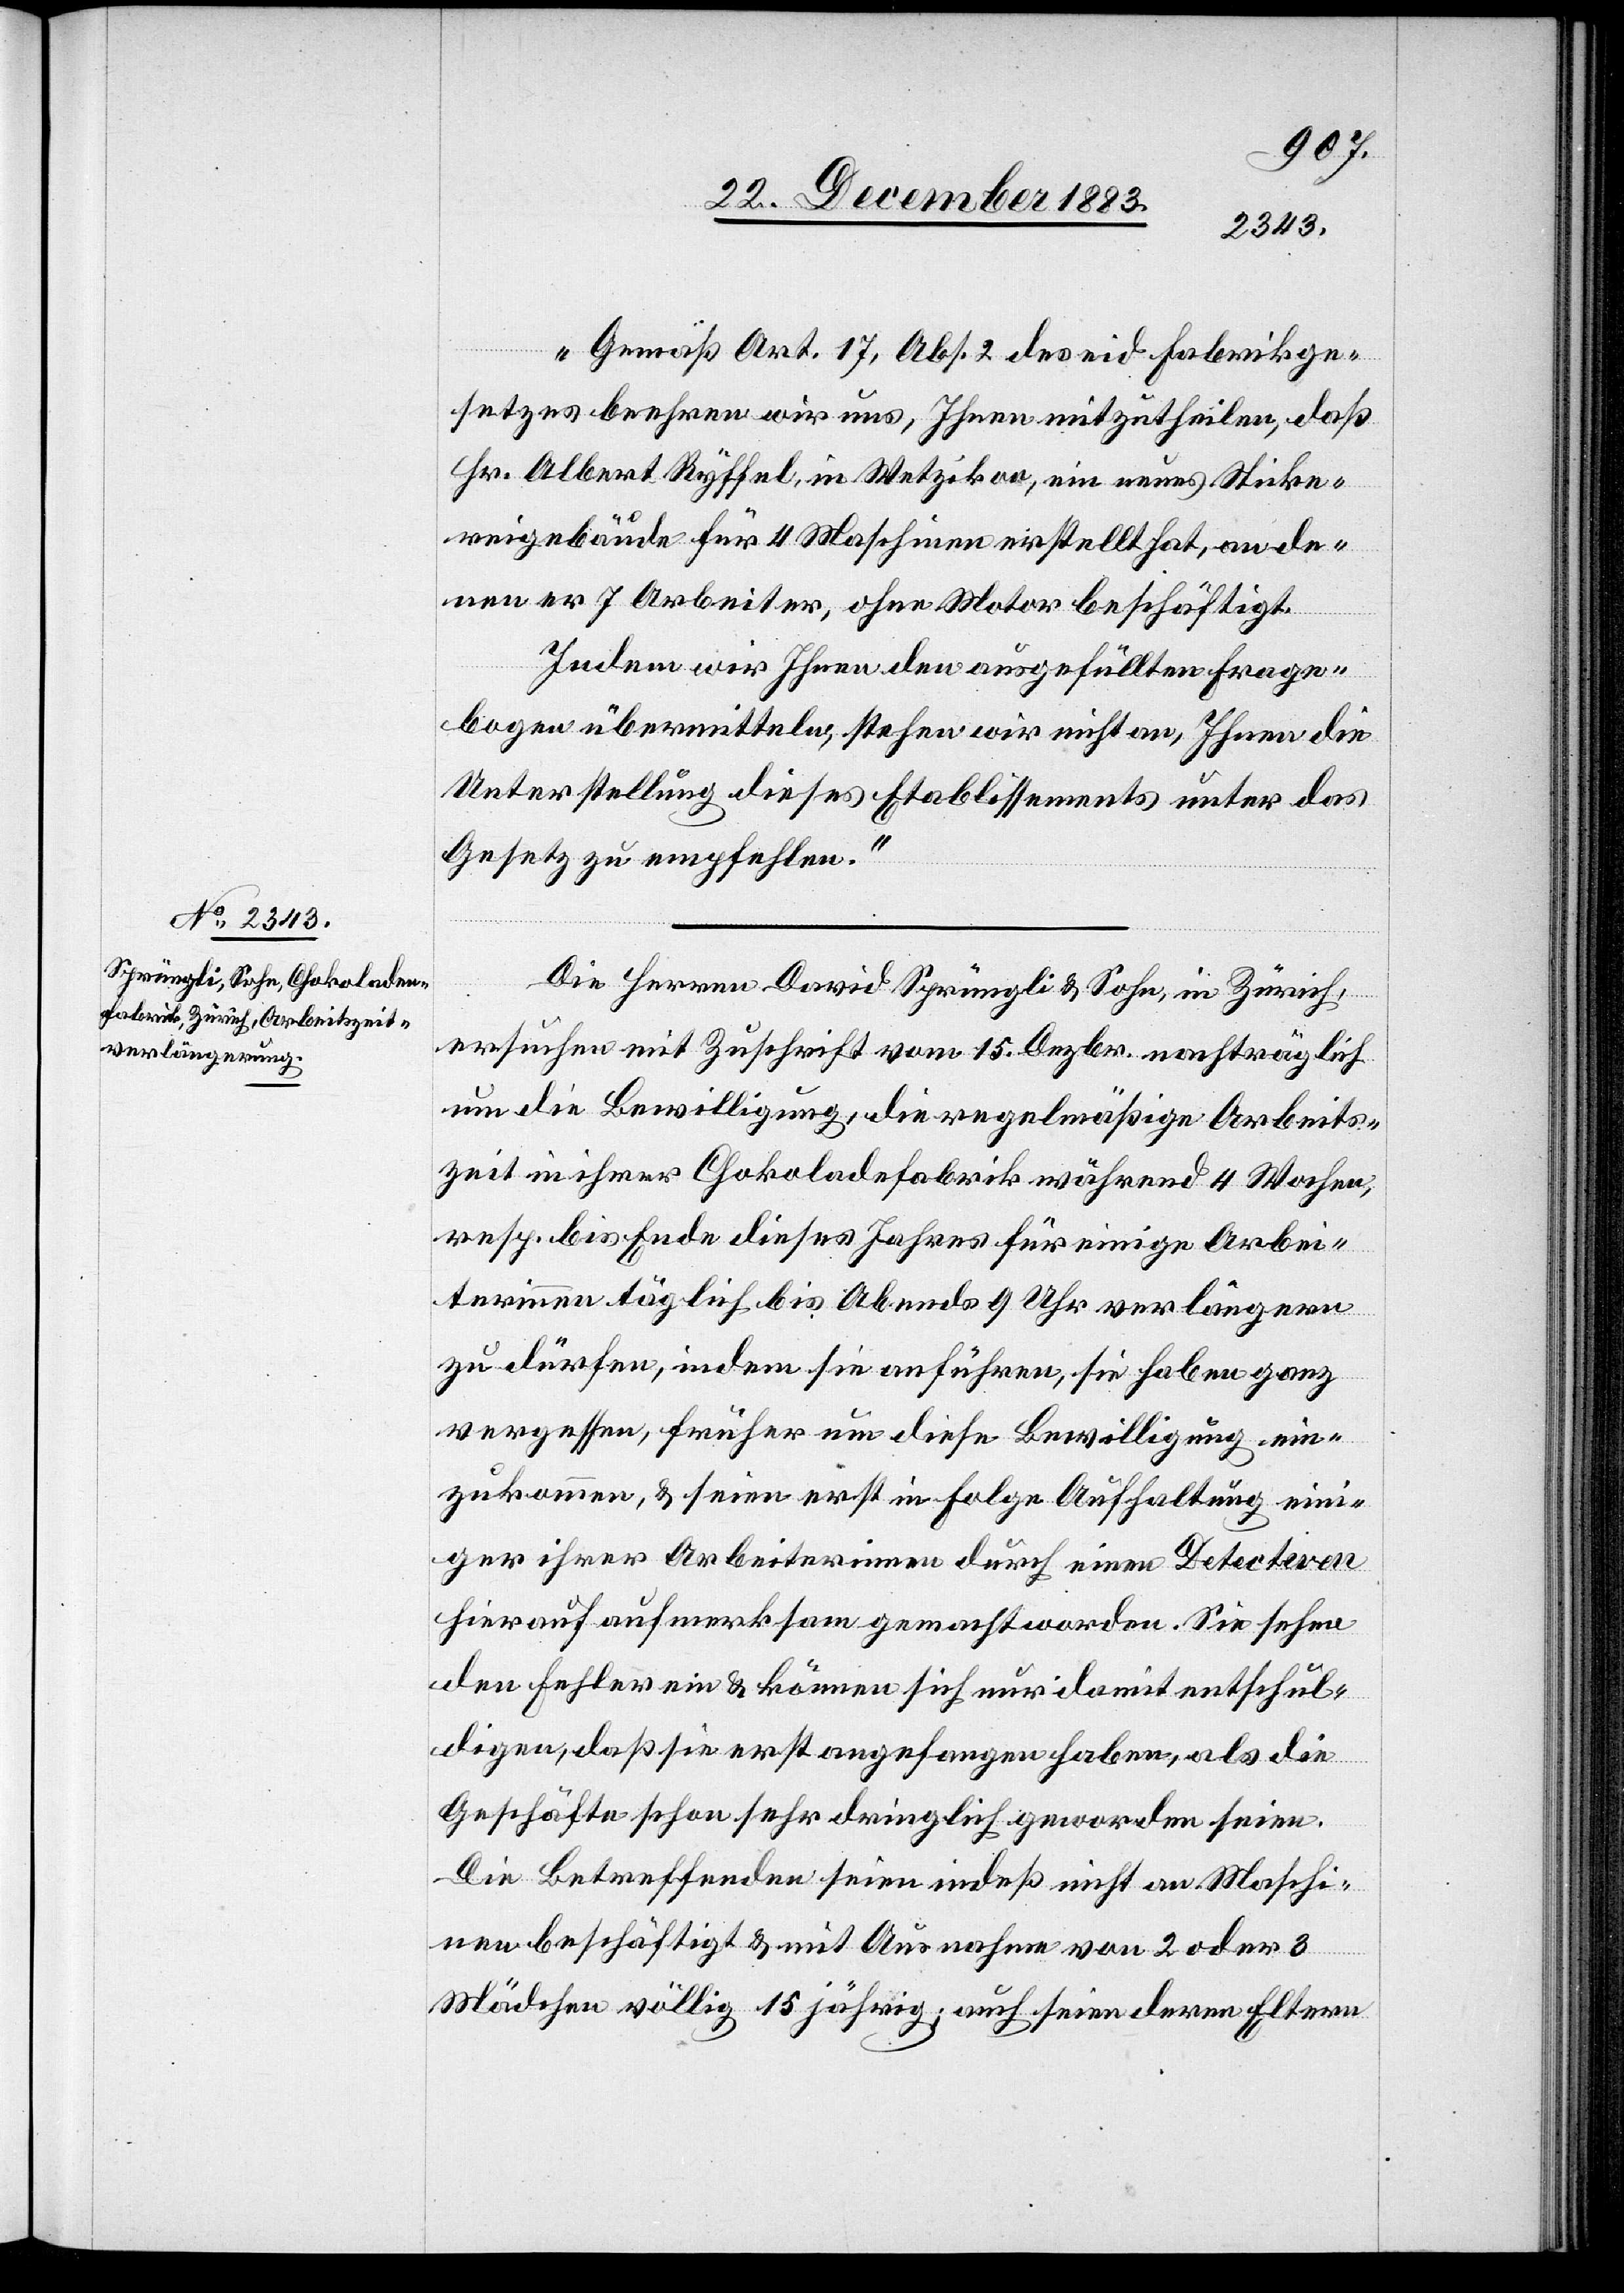
„Gemäß Art. 17, Abs. 2 des eid. Fabrikge¬
setzes beehren wir uns, Ihnen mitzutheilen, daß
Hr. Albert Ryffel, in Wetzikon, ein neues Sticke¬
reigebäude für 4 Maschinen erstellt hat, an de¬
nen er 7 Arbeiter, ohne Motor beschäftigt.
Indem wir Ihnen den ausgefüllten Frage¬
bogen übermitteln, stehen wir nicht an, Ihnen die
Unterstellung dieses Etablissements unter das
Gesetz zu empfehlen.“
Die Herren David Sprüngli & Sohn, in Zürich,
ersuchen mit Zuschrift vom 15. Dezbr. nachträglich
um die Bewilligung, die regelmäßige Arbeits¬
zeit in ihrer Chokoladenfabrik während 4 Wochen,
resp. bis Ende dieses Jahres für einige Arbei¬
terinnen täglich bis Abends 9 Uhr verlängern
zu dürfen, indem sie anführen, sie haben ganz
vergessen, früher um diese Bewilligung ein¬
zukommen, & seien erst in Folge Aufhaltung eini¬
ger ihrer Arbeiterinnen durch einen Detectiven
hierauf aufmerksam gemacht worden. Sie sehen
den Fehler ein & können sich nur damit entschul¬
digen, daß sie erst angefangen haben, als die
Geschäfte schon sehr dringlich geworden seien.
Die Betreffenden seien indeß nicht an Maschi¬
nen beschäftigt & mit Ausnahme von 2 oder 3
Mädchen völlig 15 jährig; auch seien deren Eltern